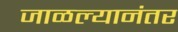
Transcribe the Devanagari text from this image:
जाळल्यानंतर